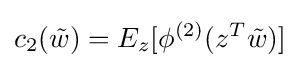
c_{2}({\tilde {w}})=E_{z}[\phi ^{(2)}(z^{T}{\tilde {w}})]